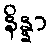
နိန္နာ